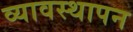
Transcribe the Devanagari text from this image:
व्यावस्थापन